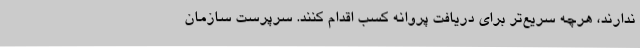
ندارند، هرچه سریع‌تر برای دریافت پروانه کسب اقدام کنند. سرپرست سازمان